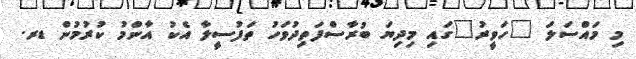
މި މައްސަލަ "ހަވީރު"ގައި މިދިޔަ ބުރާސްފަތިދުވަހު ތަފުސީލާ އެކު އާންމު ކުރުމުން ޑރ.